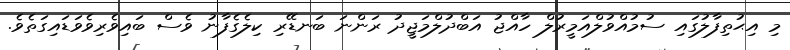
މި އިޙުތިފާލުގައި ސުމުއްވުލްއަމީރުލް ހާއްޖު އަބްދުލްމަޖީދު ރަންނަ ބަނޑޭރި ކިލެގެފާނު ވެސް ބައިވެރިވެވަޑައިގަތެވެ.